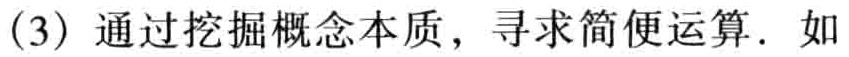
(3) 通过挖掘概念本质，寻求简便运算. 如